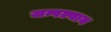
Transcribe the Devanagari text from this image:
जन्पल्यान